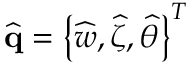
\widehat { \mathbf { q } } = \left\{ \widehat { w } , \widehat { \zeta } , \widehat { \theta } \right\} ^ { T }